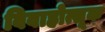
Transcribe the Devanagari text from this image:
विवाहोत्सूक